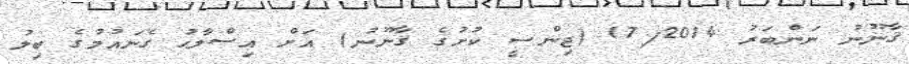
ޤާނޫނު ނަންބަރު 17/2014 (ޖިންސީ ކުށުގެ ޤާނޫނު) އަށް އިޞްލާޙު ގެނައުމުގެ ބިލު